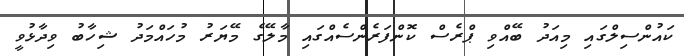
ކައުންސިލްގައި މިއަދު ބޭއްވި ޕްރެސް ކޮންފަރެންސެއްގައި މާލޭގެ މޭޔަރު މުހައްމަދު ޝިހާބު ވިދާޅުވީ